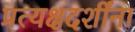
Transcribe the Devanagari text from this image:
प्रत्यक्षदर्शींना